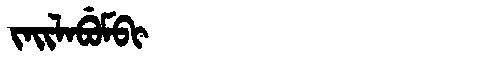
Manchu: ᠵᠠᡳᠯᠠᠪᡠᠮᠪᡳ
Romanization: JAILABUMBI